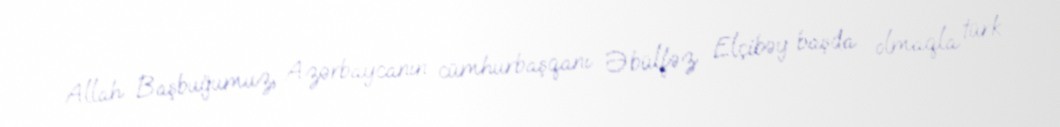
Allah Başbuğumuz, Azərbaycanın cümhurbaşqanı Əbülfəz Elçibəy başda olmaqla türk